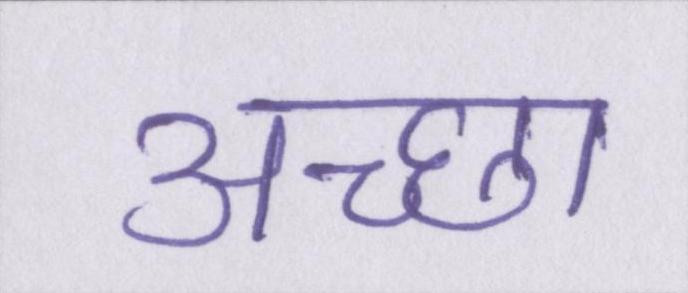
अच्छा